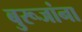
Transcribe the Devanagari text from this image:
बुरूजांना